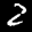
Label: 2